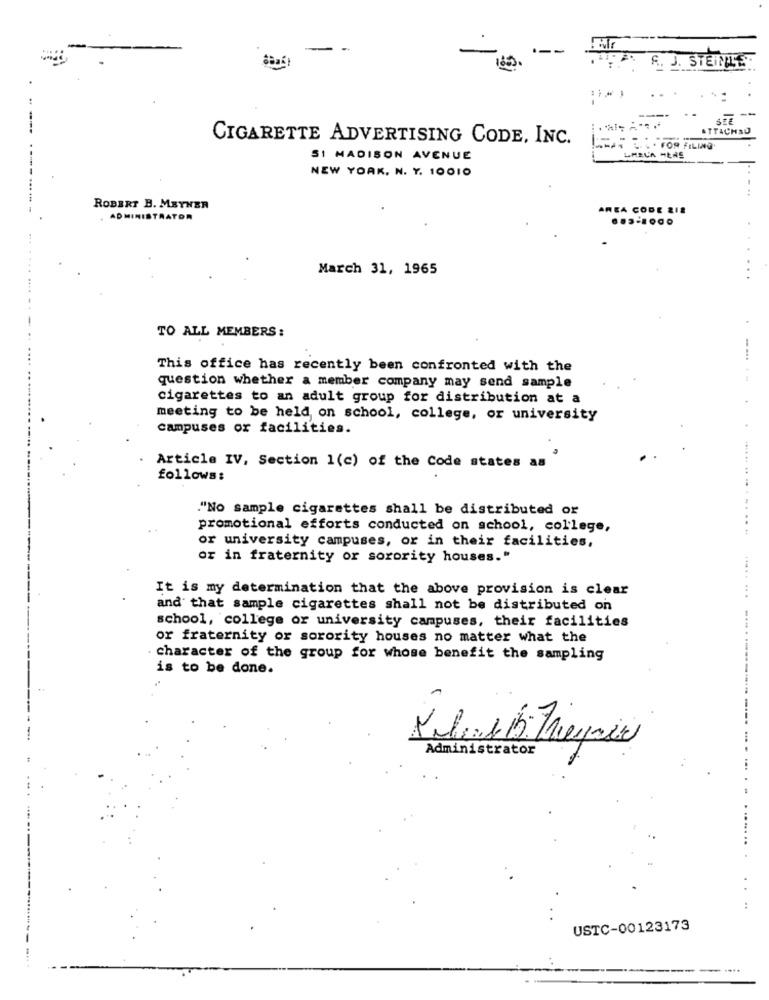
185
R. J. STEMPLE
ATTACHSU
CIGARETTE ADVERTISING CODE, INC.
SI MADISON AVENUE
NEW YORK, N. Y. 10010
. .
-----
. ....
ROBERT B. MEYNER
AREA CODE 2IS
ADMINISTRATOR
........
March 31, 1965
. ....
TO ALL MEMBERS:
This office has recently been confronted with the
question whether a member company may send sample
cigarettes to an adult group for distribution at a
meeting to be held on school, college, or university
campuses or facilities.
Article IV, Section 1(c) of the Code states as
follows:
"No sample cigarettes shall be distributed or
promotional efforts conducted on school, college,
or university campuses, or in their facilities,
or in fraternity or sorority houses."
It is my determination that the above provision is clear
and that sample cigarettes shall not be distributed on
school, college or university campuses, their facilities
or fraternity or sorority houses no matter what the
character of the group for whose benefit the sampling
is to be done.
----
. 4
Administrator
..
USTC-00123173
---------